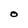
Character: O